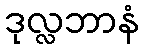
ဒုလ္လဘာနံ